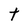
Character: t